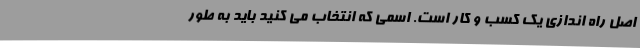
اصل راه اندازی یک کسب و کار است. اسمی که انتخاب می کنید باید به طور